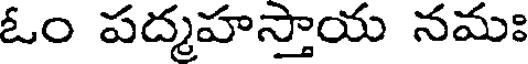
ఓం పద్మహస్తాయ నమః